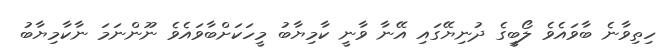
ހިތިވާނެ ބާވައެވެ ލޯބީގެ ދުނިޔޭގައި އޭނާ ވާނީ ކާމިޔާބު މީހަކަށްބާވައެވެ ނޫންނަމަ ނާކާމިޔާބު